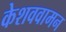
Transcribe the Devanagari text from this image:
केशववामन